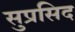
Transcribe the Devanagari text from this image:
सुप्रसिद